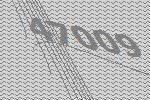
47009